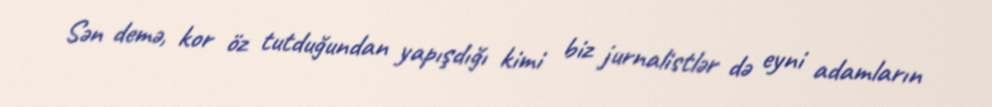
Sən demə, kor öz tutduğundan yapışdığı kimi biz jurnalistlər də eyni adamların